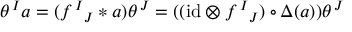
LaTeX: \theta ^ { \, I } a = ( f ^ { \, I } { } _ { J } \ast a ) \theta ^ { \, J } = ( ( \mathrm { i d } \otimes f ^ { \, I } { } _ { J } ) \circ \Delta ( a ) ) \theta ^ { \, J }